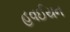
હવઈયન